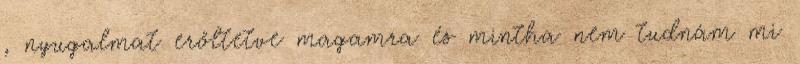
, nyugalmat erőltetve magamra és mintha nem tudnám mi